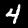
Digit: 4